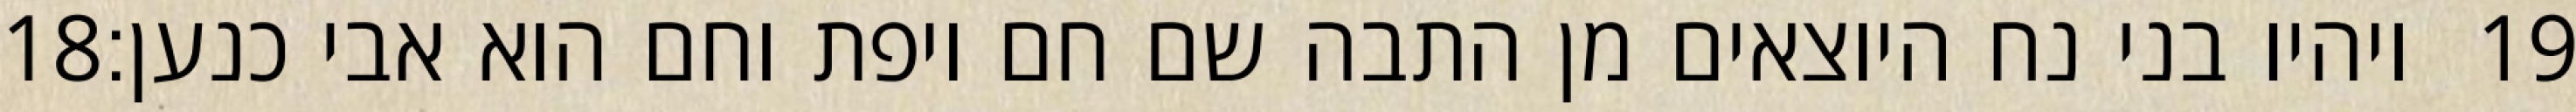
‎18‏ ויהיו בני נח היוצאים מן התבה שם חם ויפת וחם הוא אבי כנען׃ ‎19‏